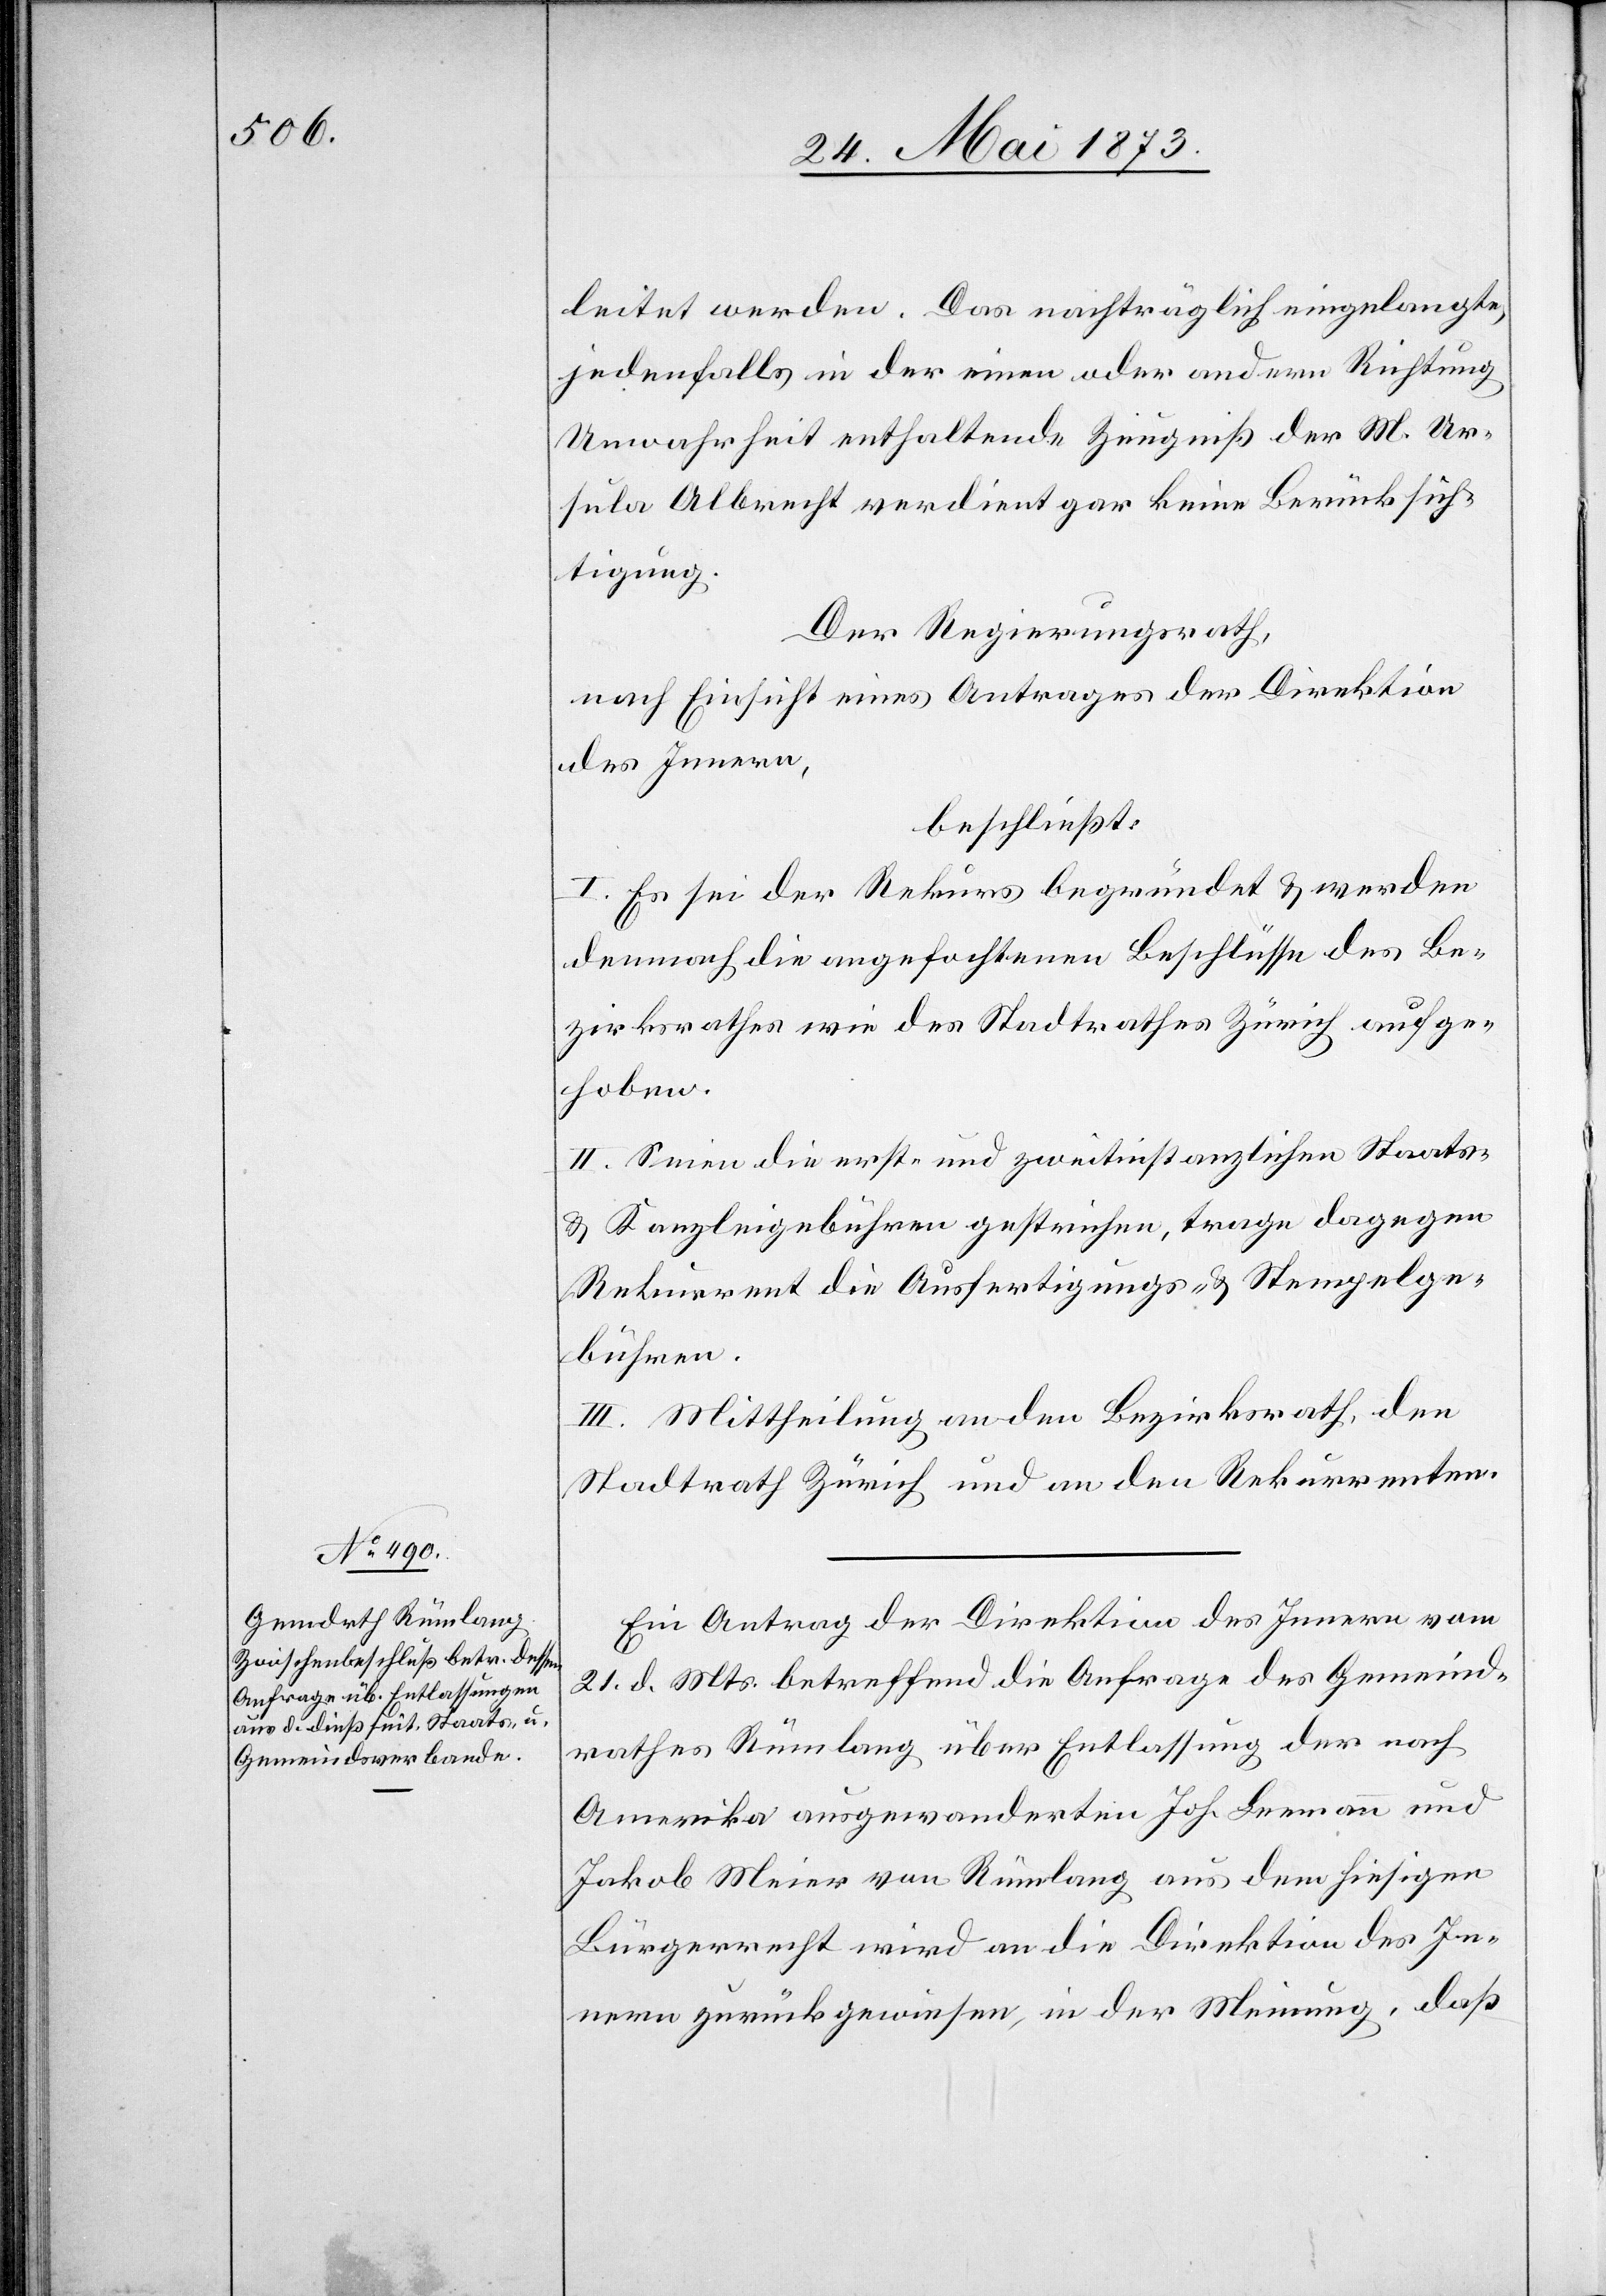
leitet werden. Das nachträglich eingelangte,
jedenfalls in der einen oder andern Richtung
Unwahrheit enthaltende Zeugniß der M. Ur¬
sula Albrecht verdient gar keine Berücksich¬
tigung.
Der Regierungsrath,
nach Einsicht eines Antrages der Direktion
des Innern,
beschließt:
I. Es sei der Rekurs begründet & werden
demnach die angefochtenen Beschlüsse des Be¬
zirksrathes wie des Stadtrathes Zürich aufge¬
hoben.
II. Seien die erst- und zweitinstanzlichen Staats-
& Kanzleigebühren gestrichen, trage dagegen
Rekurrent die Ausfertigungs- & Stempelge¬
bühren.
III. Mittheilung an den Bezirksrath, den
Stadtrath Zürich und an den Rekurrenten.
Ein Antrag der Direktion des Innern vom
21. d. Mts. betreffend die Anfrage des Gemeind¬
rathes Rümlang über Entlassung der nach
Amerika ausgewanderten Joh. Leemann und
Jakob Meier von Rümlang aus dem hiesigen
Bürgerrecht wird an die Direktion des In¬
nern zurückgewiesen, in der Meinung, daß